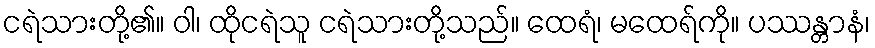
ငရဲသားတို့၏။ ဝါ၊ ထိုငရဲသူ ငရဲသားတို့သည်။ ထေရံ၊ မထေရ်ကို။ ပဿန္တာနံ၊